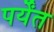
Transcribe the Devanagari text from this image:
पर्येंत